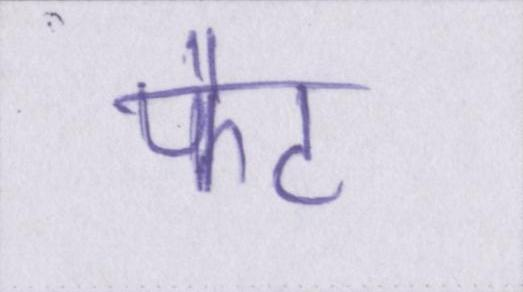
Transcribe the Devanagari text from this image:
फैट